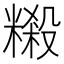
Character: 䊛